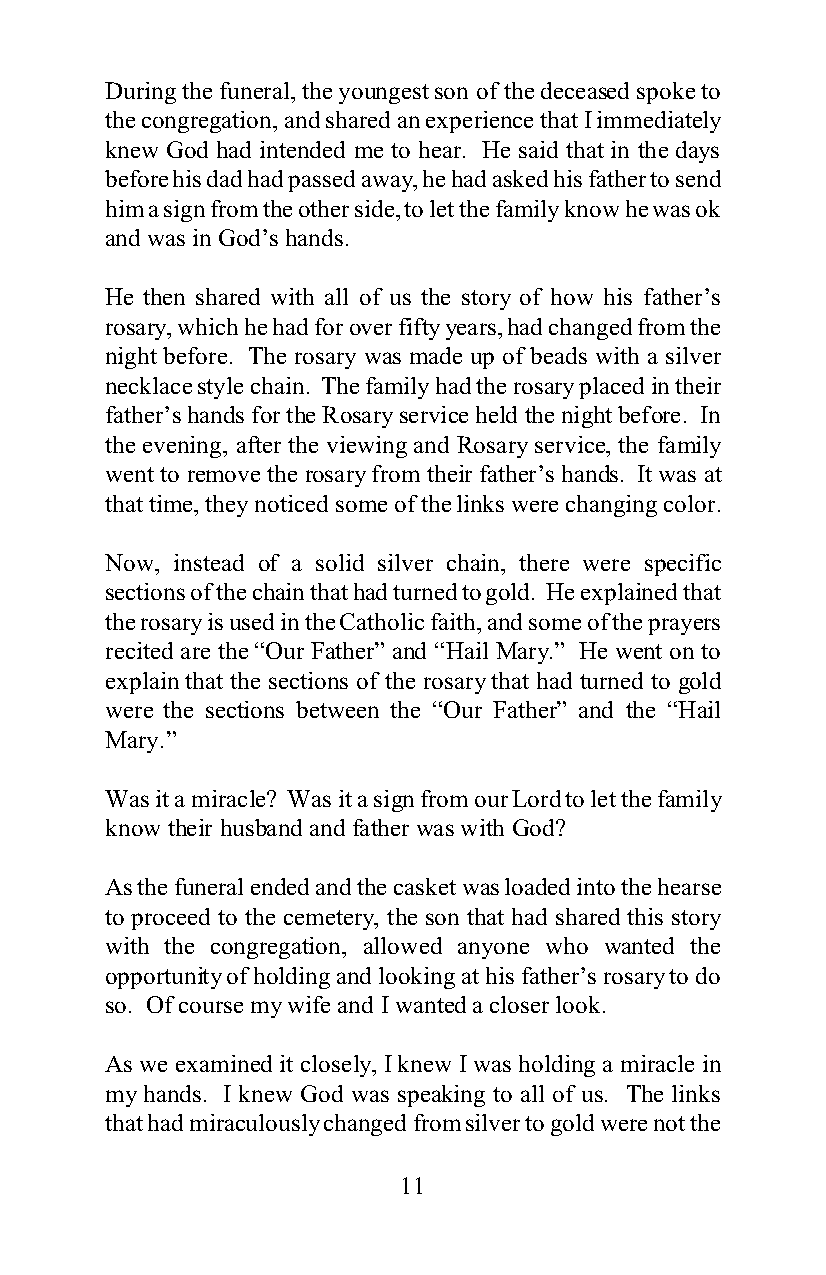
During the funeral, the youngest son of the deceased spoke to
 the congregation, and shared an experience that I immediately
 knew God had intended me to hear. He said that in the days
 before his dad had passed away, he had asked his father to send
 him a sign from the other side, to let the family know he was ok
 and was in God’s hands.
 He then shared with all of us the story of how his father’s
 rosary, which he had for over fifty years, had changed from the
 night before. The rosary was made up of beads with a silver
 necklace style chain. The family had the rosary placed in their
 father’s hands for the Rosary service held the night before. In
 the evening, after the viewing and Rosary service, the family
 went to remove the rosary from their father’s hands. It was at
 that time, they noticed some of the links were changing color.
 Now, instead of a solid silver chain, there were specific
 sections of the chain that had turned to gold. He explained that
 the rosary is used in the Catholic faith, and some of the prayers
 recited are the “Our Father” and “Hail Mary.” He went on to
 explain that the sections of the rosary that had turned to gold
 were the sections between the “Our Father” and the “Hail
 Mary.”
 Was it a miracle? Was it a sign from our Lord to let the family
 know their husband and father was with God?
 As the funeral ended and the casket was loaded into the hearse
 to proceed to the cemetery, the son that had shared this story
 with the congregation, allowed anyone who wanted the
 opportunity of holding and looking at his father’s rosary to do
 so. Of course my wife and I wanted a closer look.
 As we examined it closely, I knew I was holding a miracle in
 my hands. I knew God was speaking to all of us. The links
 that had miraculously changed from silver to gold were not the
 11